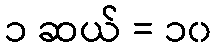
၁ ဆယ် = ၁၀